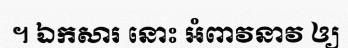
។ ឯកសារ នោះ អំពាវនាវ ឲ្យ